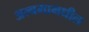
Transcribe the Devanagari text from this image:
अल्बमामधील